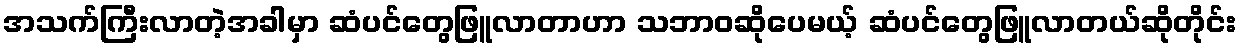
အသက်ကြီးလာတဲ့အခါမှာ ဆံပင်တွေဖြူလာတာဟာ သဘာဝဆိုပေမယ့် ဆံပင်တွေဖြူလာတယ်ဆိုတိုင်း